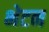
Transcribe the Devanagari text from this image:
भेटन